Code of medical and sanitary regulations for the guidance of medical officers serving in the Madras Presidency - Volume I
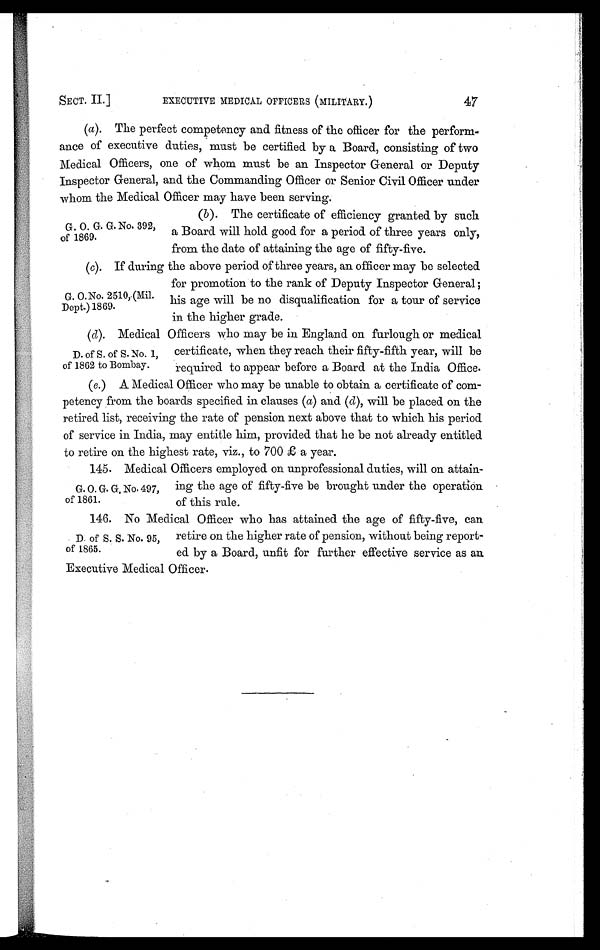
SECT. II.]
EXECUTIVE MEDICAL OFFICERS (MILITARY.)
47
(a ). The perfect competency and fitness of the officer for the perform-
ance of executive duties, must be certified by a Board, consisting of two
Medical Officers, one of whom must be an Inspector General or Deputy
Inspector General, and the Commanding Officer or Senior Civil Officer under
whom the Medical Officer may have been serving.
G. O. G. G. No. 392,
of 1869.
(b). The certificate of efficiency granted by such
a Board will hold good for a period of three years only,
from the date of attaining the age of fifty-five.
( c ) I f d u r i n g t h e a b o v e p e r i o d o f t h r e e y e a r s , a n o f f i c e r m a y b e s e l e c t e d
for promotion to the rank of Deputy Inspector General;
his age will be no disqualification for a tour of service
in the higher grade.
( d ) Medical Officers who may be in England on furlough or medical
certificate, when they reach their fifty-fifth year, will be
required to appear before a Board at the India Office.
(e.) A Medical Officer who may be unable to obtain a certificate of com-
petency from the boards specified in clauses ( a) and (d), will be placed on the
retired list, receiving the rate of pension next above that to which his period
of service in India, may entitle him, provided that he be not already entitled
to retire on the highest rate, viz., to 700 £ a year.
145. Medical Officers employed on unprofessional duties, will on attain-
ing the age of fifty-five be brought under the operation
of this rule.
146. No Medical Officer who has attained the age of fifty-five, can
retire on the higher rate of pension, without being report-
ed by a Board, unfit for further effective service as an
Executive Medical Officer.
G. O.No. 2510,.(Mil.
Dept.) 1869.
D. of S. of S. No. 1,
of 1862 to Bombay.
G. O. G. G, No. 497,
of 1861.
D. of S. S. No. 95,
of 1865.